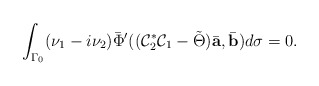
\begin{align*}\int_{\Gamma_0}(\nu_1-i\nu_2)\bar\Phi'((\mathcal C_2^*\mathcal C_1-\tilde\Theta)\bar{\mbox{\bf a}},\bar{\mbox{\bf b}})d\sigma=0.\end{align*}